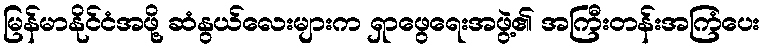
မြန်မာနိုင်ငံအဖို့ ဆံနွယ်လေးများက ရှာဖွေရေးအဖွဲ့၏ အကြီးတန်းအကြံပေး